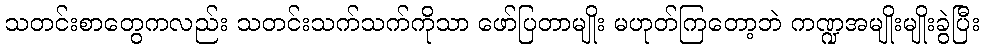
သတင်းစာတွေကလည်း သတင်းသက်သက်ကိုသာ ဖော်ပြတာမျိုး မဟုတ်ကြတော့ဘဲ ကဏ္ဍအမျိုးမျိုးခွဲပြီး